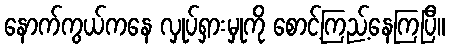
နောက်ကွယ်ကနေ လှုပ်ရှားမှုကို စောင့်ကြည့်နေကြပြီ။